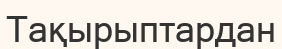
Тақырыптардан